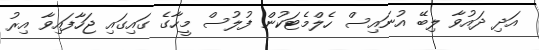
އަދި ދައުވާ ލިބޭ އުނައިސް ހެލްމެޓަކުން ފުލުސް މީހާގެ ގައިގައި ޖަހާފައިވާ އިރު